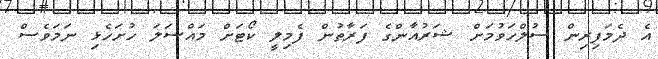
އެ ދެމަފިރިން ސުލްހަވުމަށް ޝަރުއާންގެ ފަރާތުން ފެމިލީ ކޯޓަށް މައްސަލަ ހުށަހެޅި ނަމަވެސް